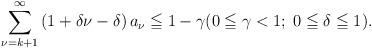
LaTeX: \begin{align*}\sum_{\nu=k+1}^{\infty} \left( 1+ \delta\nu - \delta \right)a_{\nu} \leqq 1-\gamma( 0 \leqq \gamma < 1;\; 0 \leqq \delta \leqq 1).\end{align*}